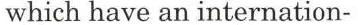
which have an internation-